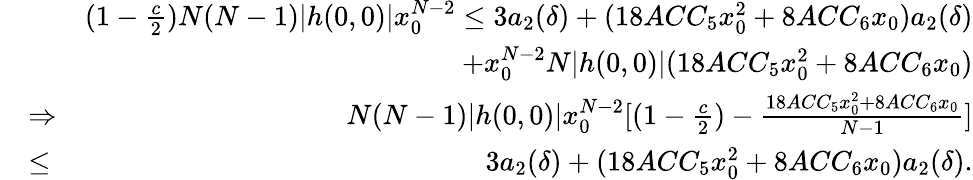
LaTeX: \begin{array}{rlr}&{}&{(1-\frac{c}{2})N(N-1)|h(0,0)|x_{0}^{N-2}\leq 3a_{2}(\delta)+(18ACC_{5}x_{0}^{2}+8ACC_{6}x_{0})a_{2}(\delta)}\\ &{}&{+x_{0}^{N-2}N|h(0,0)|(18ACC_{5}x_{0}^{2}+8ACC_{6}x_{0})}\\ &{\Rightarrow}&{N(N-1)|h(0,0)|x_{0}^{N-2}[(1-\frac{c}{2})-\frac{18ACC_{5}x_{0}^{2}+8ACC_{6}x_{0}}{N-1}]}\\ &{\leq}&{3a_{2}(\delta)+(18ACC_{5}x_{0}^{2}+8ACC_{6}x_{0})a_{2}(\delta).}\end{array}